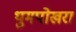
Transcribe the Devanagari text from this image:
थुमपोखरा